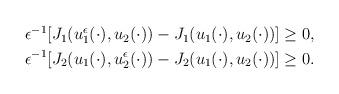
LaTeX: \begin{align*}\begin{aligned}\epsilon^{-1}[J_1(u_1^\epsilon(\cdot),u_2(\cdot))-J_1(u_1(\cdot),u_2(\cdot))]\geq 0,\\\epsilon^{-1}[J_2(u_1(\cdot),u_2^\epsilon(\cdot))-J_2(u_1(\cdot),u_2(\cdot))]\geq 0.\end{aligned}\end{align*}